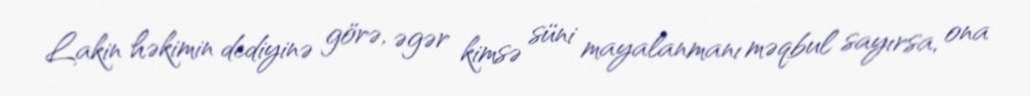
Lakin həkimin dediyinə görə, əgər kimsə süni mayalanmanı məqbul sayırsa, ona